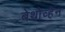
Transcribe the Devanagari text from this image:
बेथोव्हेन